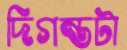
দিগন্তটা